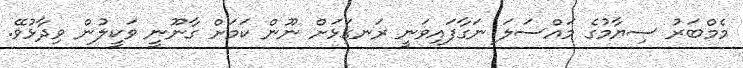
މެމްބަރު ސިޔާމުގެ މައްސަލަ ނަގާފައިވަނީ ރަނގަޅަށް ނޫން ކަމަށް ގާނޫނީ ވަކީލުން ވިދާޅުވޭ.